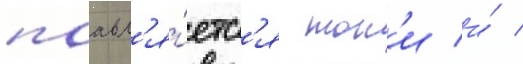
поавл'я́етс'я тон'и и́ /